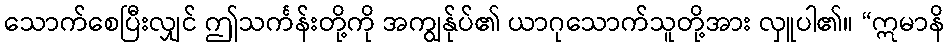
သောက်စေပြီးလျှင် ဤသင်္ကန်းတို့ကို အကျွန်ုပ်၏ ယာဂုသောက်သူတို့အား လှူပါ၏။ “ဣမာနိ